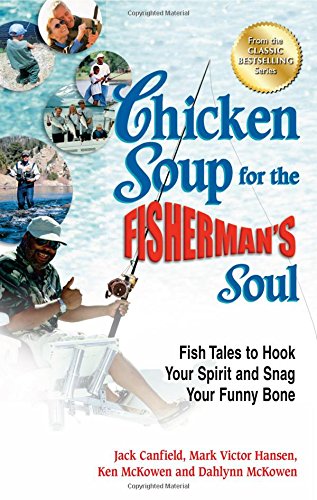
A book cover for Chicken Soup for the Fisherman's Soul: Fish Tales to Hook Your Spirit and Snag Your Funny Bone (Chicken Soup for Soul); Jack Canfield; Humor & Entertainment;